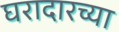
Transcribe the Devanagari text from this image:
घरादारच्या